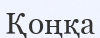
Қоңқа